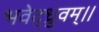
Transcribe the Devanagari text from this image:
भवेद्ध्रुवम्।।